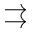
\rightrightarrows